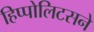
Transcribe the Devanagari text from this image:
हिप्पोलिटसने